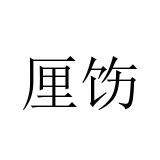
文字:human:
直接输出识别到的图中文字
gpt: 厘饬